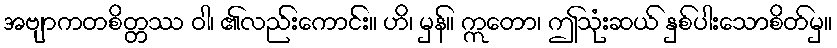
အဗျာကတစိတ္တဿ ဝါ၊ ၏လည်းကောင်း။ ဟိ၊ မှန်။ ဣတော၊ ဤသုံးဆယ် နှစ်ပါးသောစိတ်မှ။